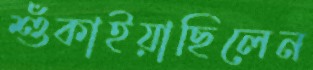
শুঁকাইয়াছিলেন